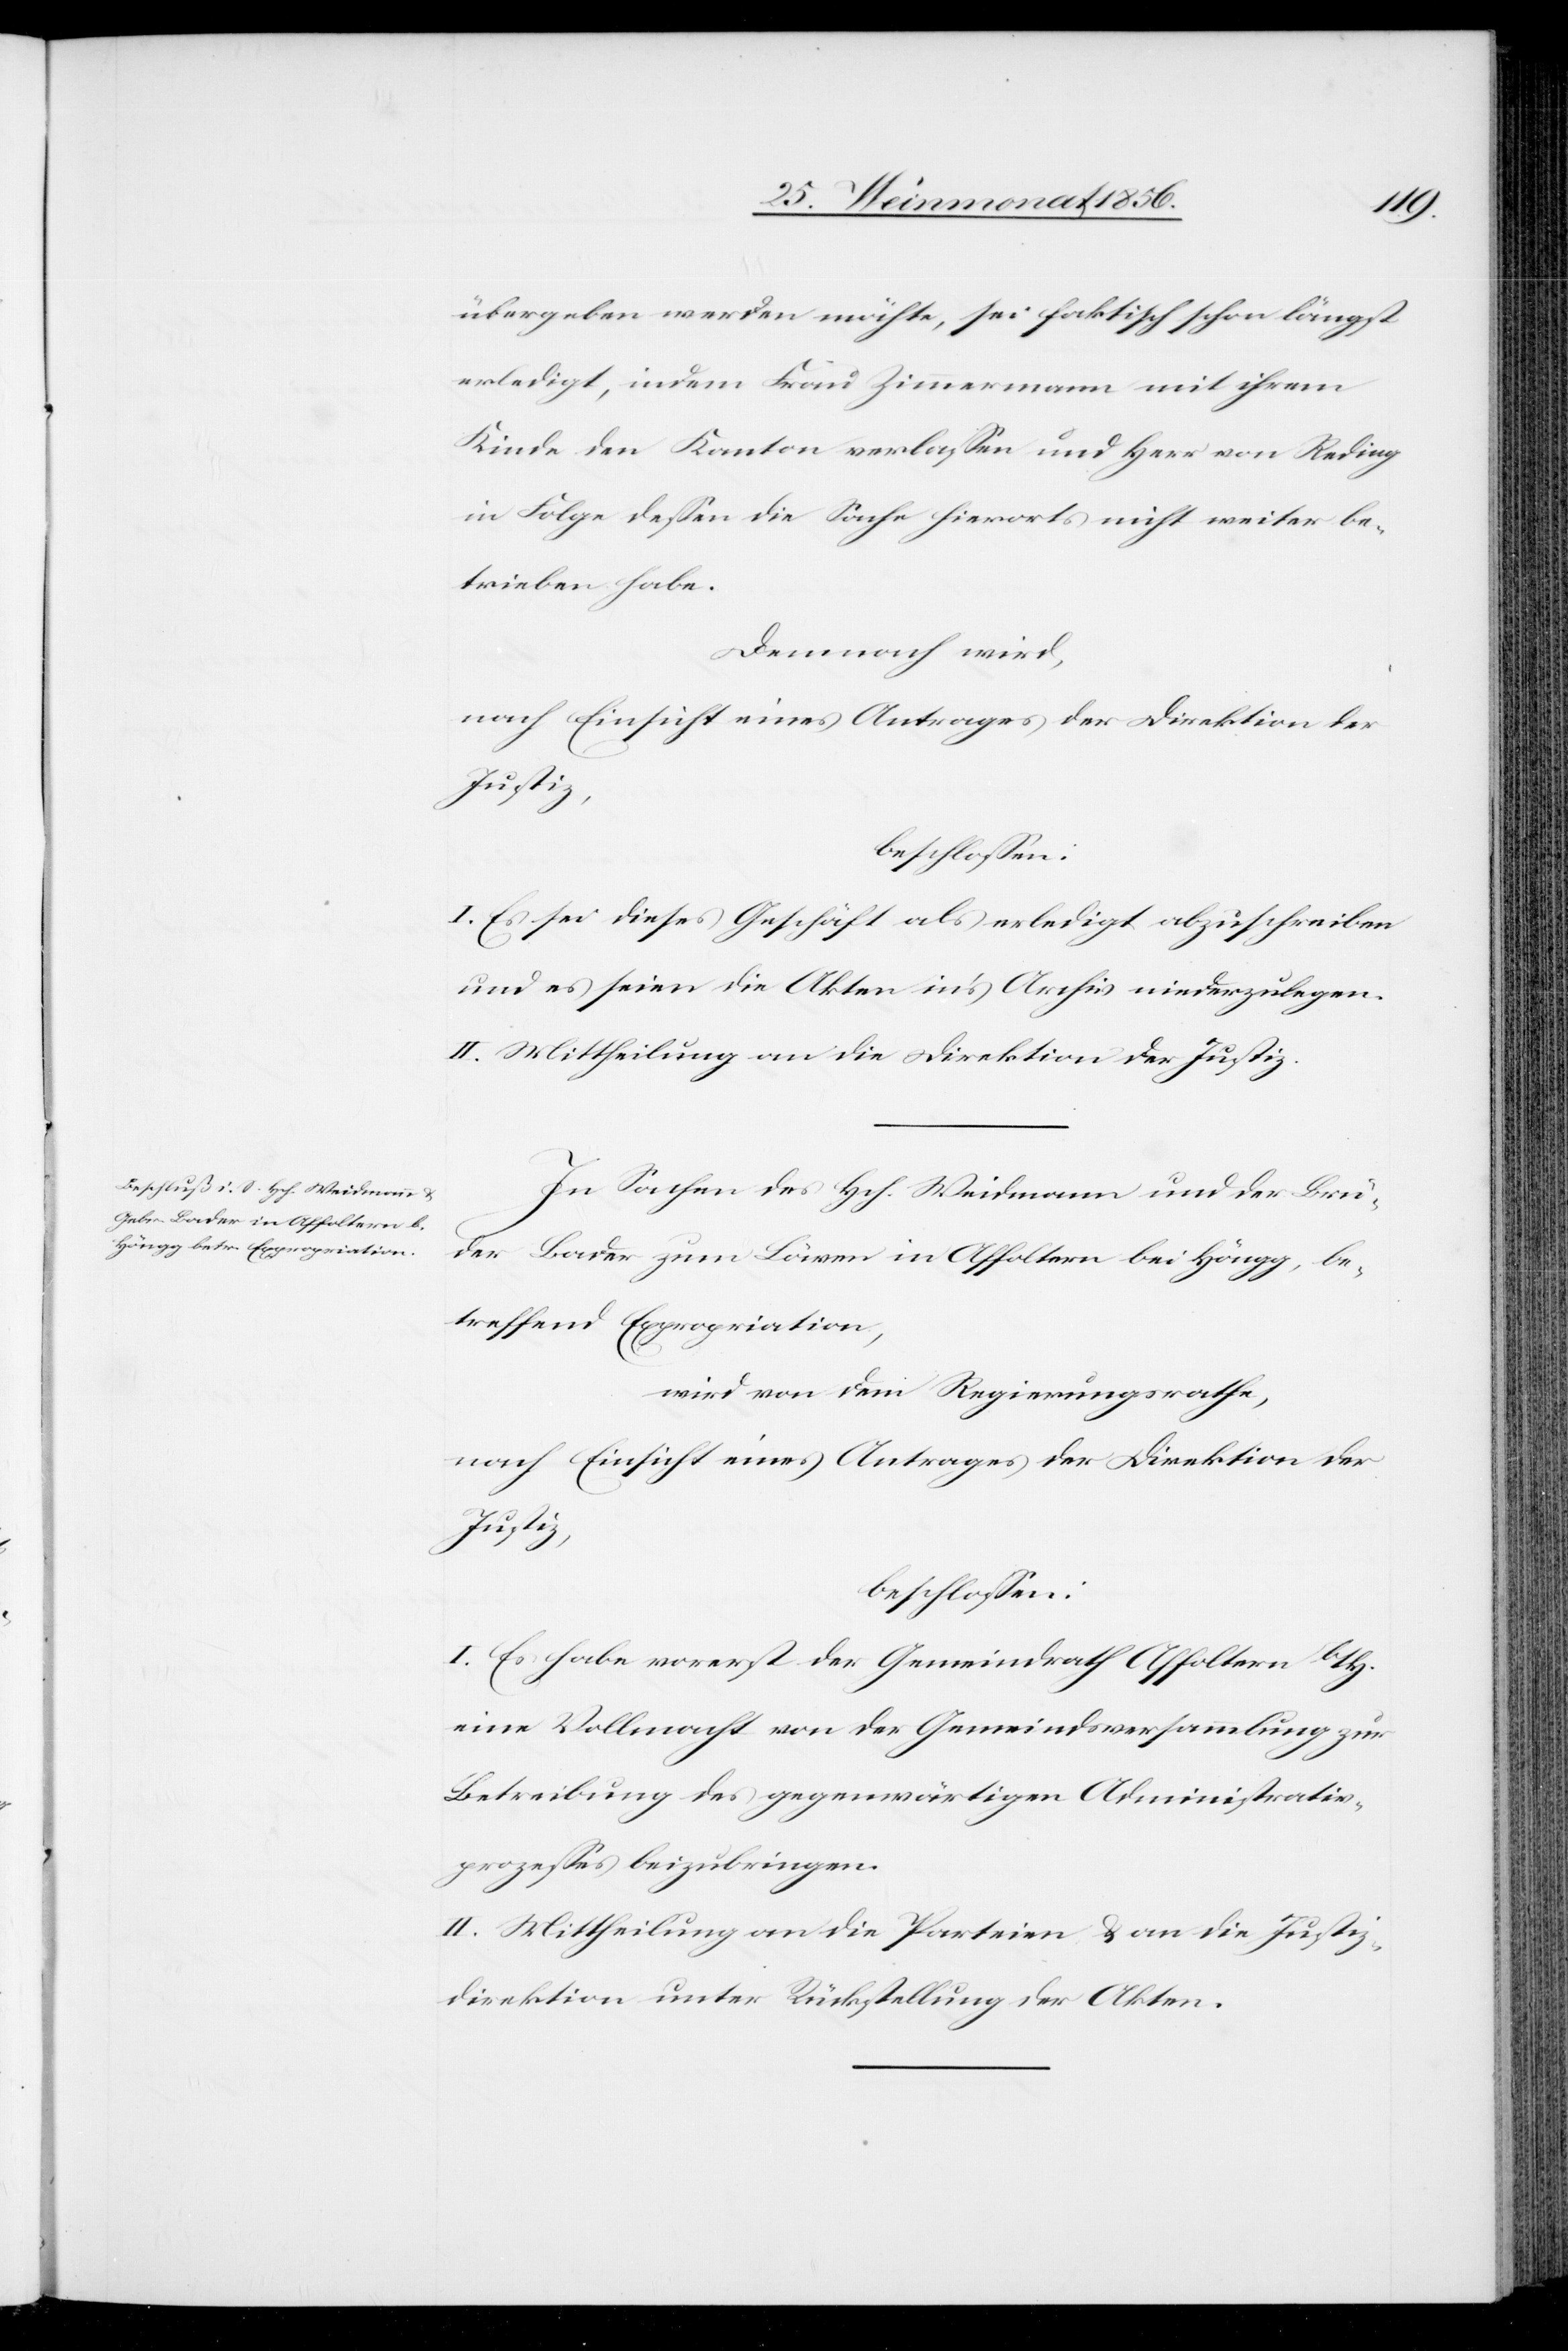
übergeben werden möchte, sei faktisch schon längst
erledigt, indem Frau Zimmermann mit ihrem
Kinde den Kanton verlassen und Herr von Reding
in Folge dessen die Sache hierorts nicht weiter be¬
trieben habe.
Demnach wird,
I. Es sei dieses Geschäft als erledigt abzuschreiben
und es seien die Akten in's Archiv niederzulegen.
II. Mittheilung an die Direktion der Justiz.
In Sachen des Hch. Weidmann und der Brü¬
der Bader zum Löwen in Affoltern bei Höngg, be¬
treffend Expropriation,
wird von dem Regierungsrathe,
nach Einsicht eines Antrages der Direktion der
Justiz,
beschlossen:
I. Es habe vorerst der Gemeindrath Affoltern b/H.
eine Vollmacht von der Gemeindsversammlung zur
Betreibung des gegenwärtigen Administrativ¬
prozesses beizubringen.
II. Mittheilung an die Parteien & an die Justiz¬
direktion unter Rückstellung der Akten.